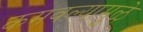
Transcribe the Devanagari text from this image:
कमवल्यामुळे